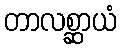
တာလစ္ဆာယံ